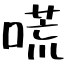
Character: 𠻄